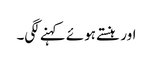
اور ہنستے ہوئے کہنے لگی۔